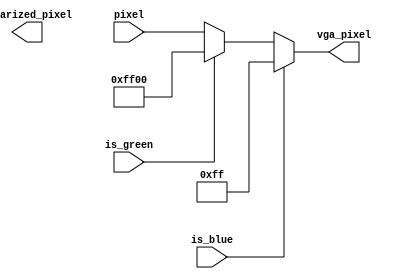
`timescale 1ns / 1ps
//////////////////////////////////////////////////////////////////////////////////
// Company: 
// 
// Design Name: 
// Module Name:    image_selector 
// Project Name: 
// Target Devices: 
// Tool versions: 
// Description: 
//
// Dependencies: 
//
// Revision: 
// Revision 0.01 - File Created
// Additional Comments: 
//
//////////////////////////////////////////////////////////////////////////////////
module image_selector(
    input [23:0] pixel,
    input is_blue,
	 input is_green,
    output [23:0] vga_pixel,
    output binarized_pixel
    );
	
		//assign pixels to be the color detected in hsv space and determined by the bounds of hue and value
		assign vga_pixel = is_blue ? 24'h0000FF : is_green ? 24'h00FF00 : pixel;

endmodule